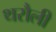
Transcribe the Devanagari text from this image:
थरौली